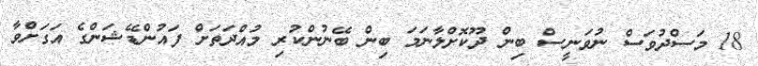
18 މަސްދުވަސް ނުވަނީސް ބިން ދޫކޮށްލާނަމަ ބިން ބޭނުންކުރި މުއްދަތަށް ފައުންޑޭޝަންގެ އަގަށްވާ